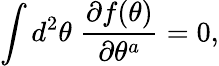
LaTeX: \int d^{2}\theta\; \frac{\partial f(\theta)}{\partial\theta^{a}}=0,